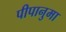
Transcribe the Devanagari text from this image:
पीपानुमा